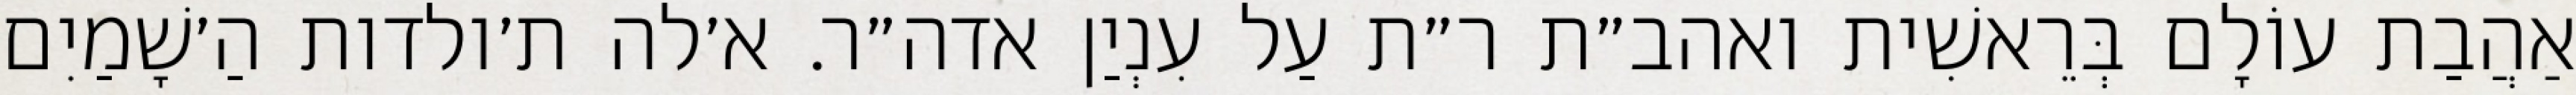
אַהֲבַת עוֹלָם בְּרֵאשִׁית ואהב״ת ר״ת עַל עִנְיַן אדה״ר. א׳לה ת׳ולדות הַ׳שָׁמַיִם